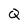
Character: Q